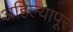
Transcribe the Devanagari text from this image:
अहिल्यापूर